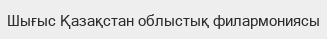
Шығыс Қазақстан облыстық филармониясы